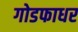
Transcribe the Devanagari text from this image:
गोडफाधर